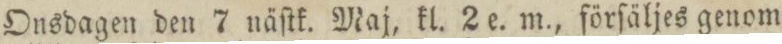
Onsdagen den 7 näſtk. Maj, kl. 2 e. m., förſäljes genom